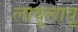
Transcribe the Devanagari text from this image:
लावूलावू